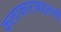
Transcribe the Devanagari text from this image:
कलाकाराबद्दलची